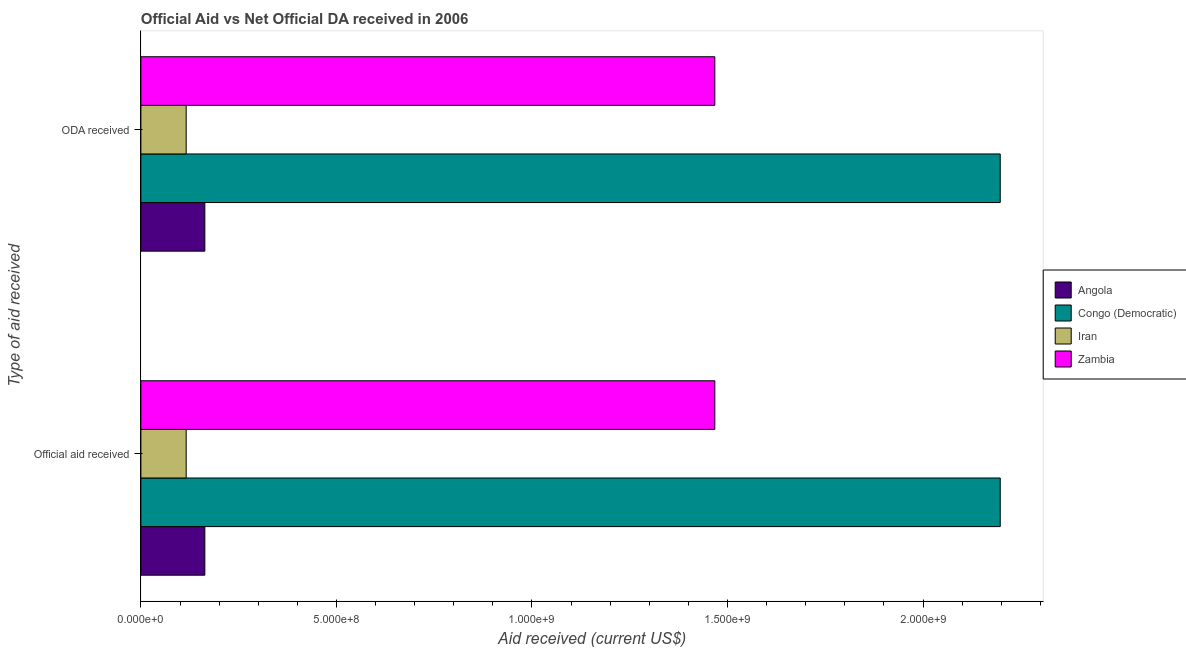
| Type of aid received | Angola | Congo (Democratic) | Iran | Zambia |
 | --- | --- | --- | --- | --- |
 | Official aid received | 1.64e+08 | 2.2e+09 | 1.16e+08 | 1.47e+09 |
 | ODA received | 1.64e+08 | 2.2e+09 | 1.16e+08 | 1.47e+09 |